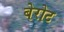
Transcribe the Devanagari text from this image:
बेरोट